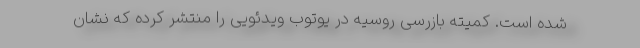
شده است. کمیته بازرسی روسیه در یوتوب ویدئویی را منتشر کرده که نشان